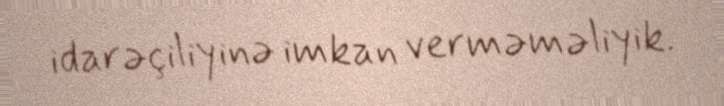
idarəçiliyinə imkan verməməliyik.